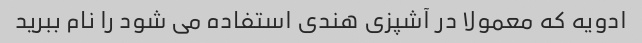
ادویه که معمولا در آشپزی هندی استفاده می شود را نام ببرید